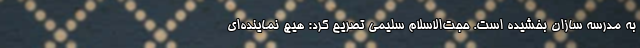
به مدرسه سازان بخشیده است. حجت‌الاسلام سلیمی تصریح کرد: هیچ نماینده‌ای